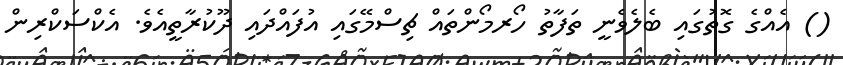
() އެއްގެ ގޮތުގައި ބެލެވެނީ ތަފާތު ހޯރމޯންތައް ޗިސްމޭގައި އުފައްދައި ދޫކުރާތީއެވެ. އެކްސަކްރިން